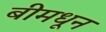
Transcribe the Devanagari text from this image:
बीमधून